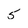
Character: 5